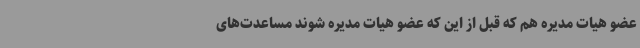
عضو هیات مدیره هم که قبل از این که عضو هیات مدیره شوند مساعدت‌های